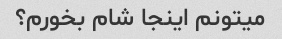
میتونم اینجا شام بخورم؟